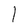
Character: l